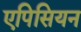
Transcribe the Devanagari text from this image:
एपिसियन